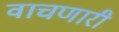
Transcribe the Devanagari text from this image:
वाचणारी